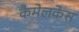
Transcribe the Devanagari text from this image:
कैमेलकेस